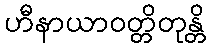
ဟီနာယာဝတ္တိတုန္တိ